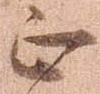
正